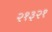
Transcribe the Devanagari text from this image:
२१३२१